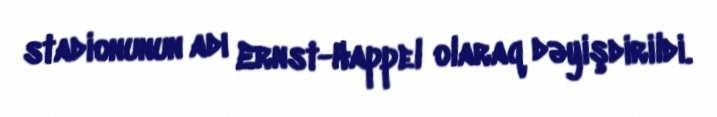
stadionunun adı Ernst-Happel olaraq dəyişdirildi.